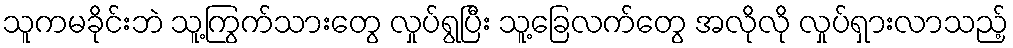
သူကမခိုင်းဘဲ သူ့ကြွက်သားတွေ လှုပ်ရွပြီး သူ့ခြေလက်တွေ အလိုလို လှုပ်ရှားလာသည့်